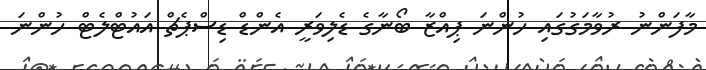
މާފަންނު ރުވާމަގުގައި ހުންނަ ޕިއްޒާ ބޯނާގެ ޑެލިވަރީ އެންޑް ޑިސްޕެޗް އައުޓްލެޓް ހުންނަ